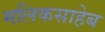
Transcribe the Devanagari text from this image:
मलिकसाहेब